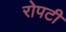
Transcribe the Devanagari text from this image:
रोपटी